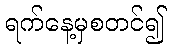
ရက်နေ့မှစတင်၍